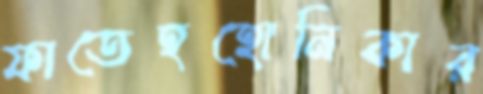
ফাতেহহোনিকার